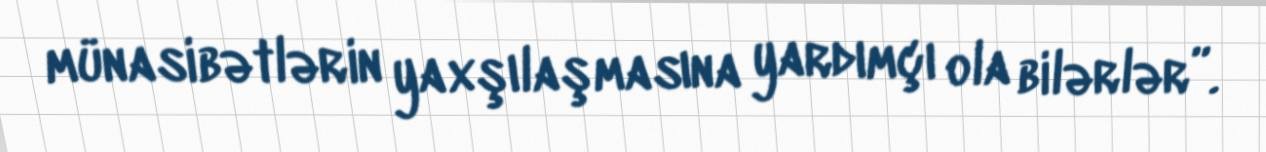
münasibətlərin yaxşılaşmasına yardımçı ola bilərlər”.